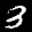
Label: 3